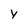
Character: y